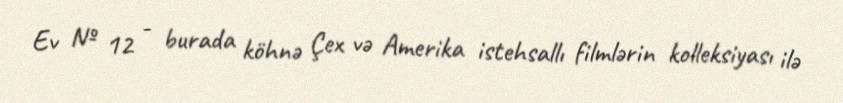
Ev № 12 - burada köhnə Çex və Amerika istehsallı filmlərin kolleksiyası ilə